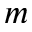
m